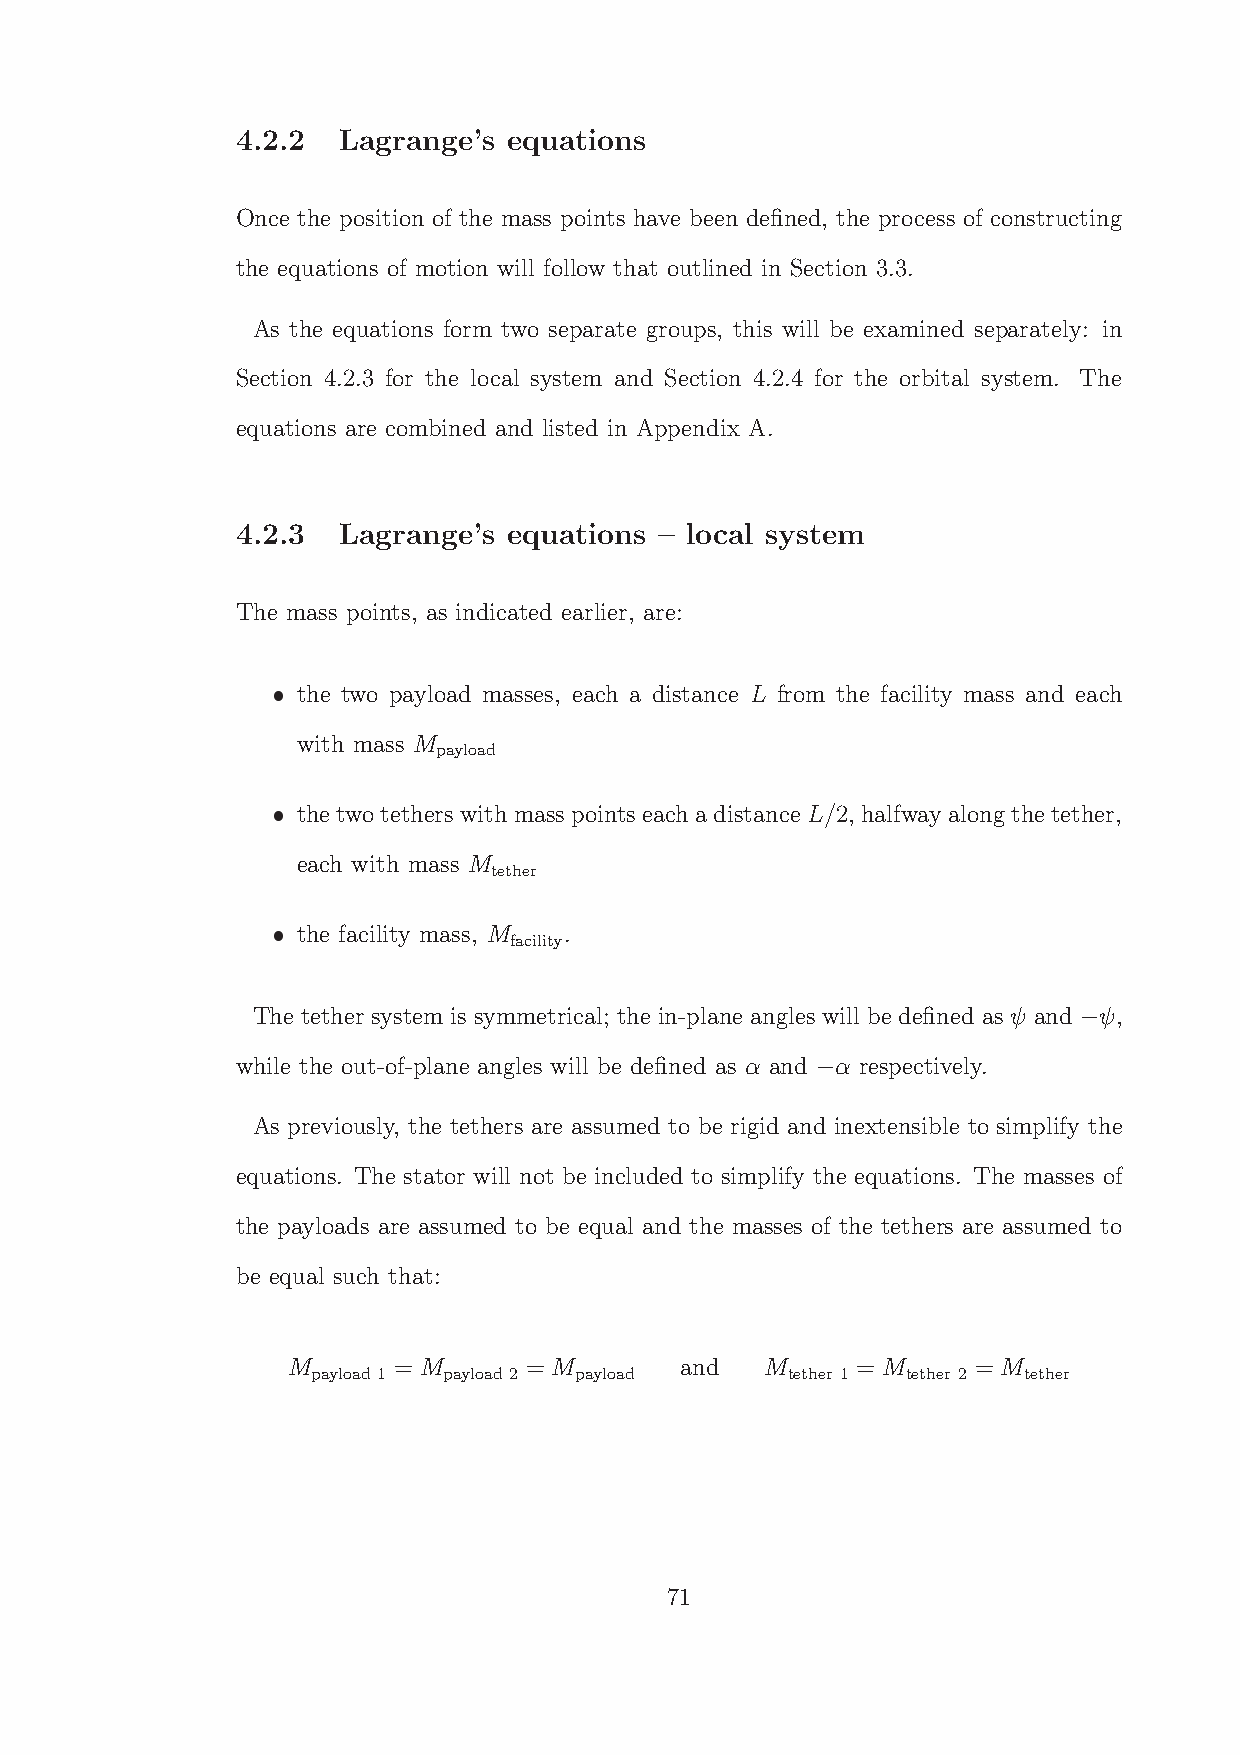
4.2.2 Lagrange’s  equations
 Once the position of the mass points have been defined, the process of constructing
 the equations of motion will follow that outlined in Section 3.3.
 As the equations form two separate groups, this will be examined separately: in
 Section 4.2.3 for the local system and Section 4.2.4 for the orbital system. The
 equations are combined and listed in Appendix A.
 4.2.3 Lagrange’s  equations – local system
 The mass points, as indicated earlier, are:
 the two payload masses, each a distance L from the facility mass and each
 with mass M
 payload
 thetwo tetherswithmasspointseach adistanceL/2, halfway alongthetether,
 each with mass M
 tether
 the facility mass, M .
 facility
 The tether system is symmetrical; the in-plane angles will be defined as ψ and ψ,
 −
 while the out-of-plane angles will be defined as α and α respectively.
 −
 As previously, the tethers are assumed to be rigid and inextensible to simplify the
 equations. The stator will not be included to simplify the equations. The masses of
 the payloads are assumed to be equal and the masses of the tethers are assumed to
 be equal such that:
 M      = M      = M       and   M     = M     = M
 payload1 payload2 payload      tether 1 tether 2 tether
 71
 ˆ
 ˆ
 ˆ